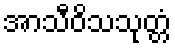
အာသီဝိသသုတ္တံ